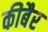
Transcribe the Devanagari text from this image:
कीबैर